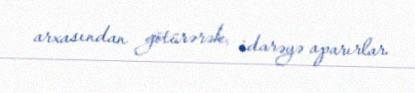
arxasından götürərək, idarəyə aparırlar.